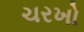
ચરખો